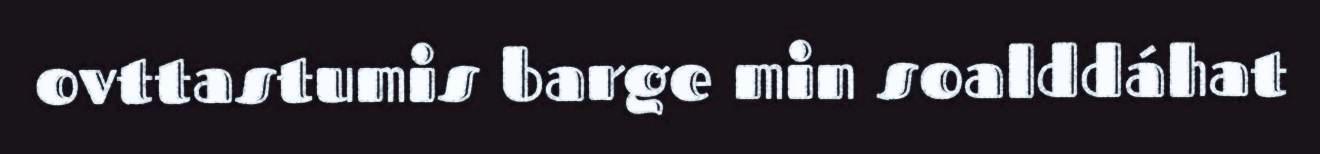
ovttastumis barge min soalddáhat